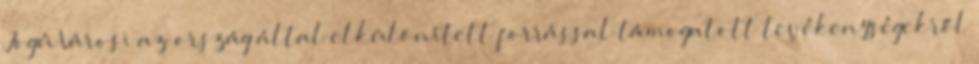
Jogú Városi az ország által elkülönített forrással támogatott tevékenységekről